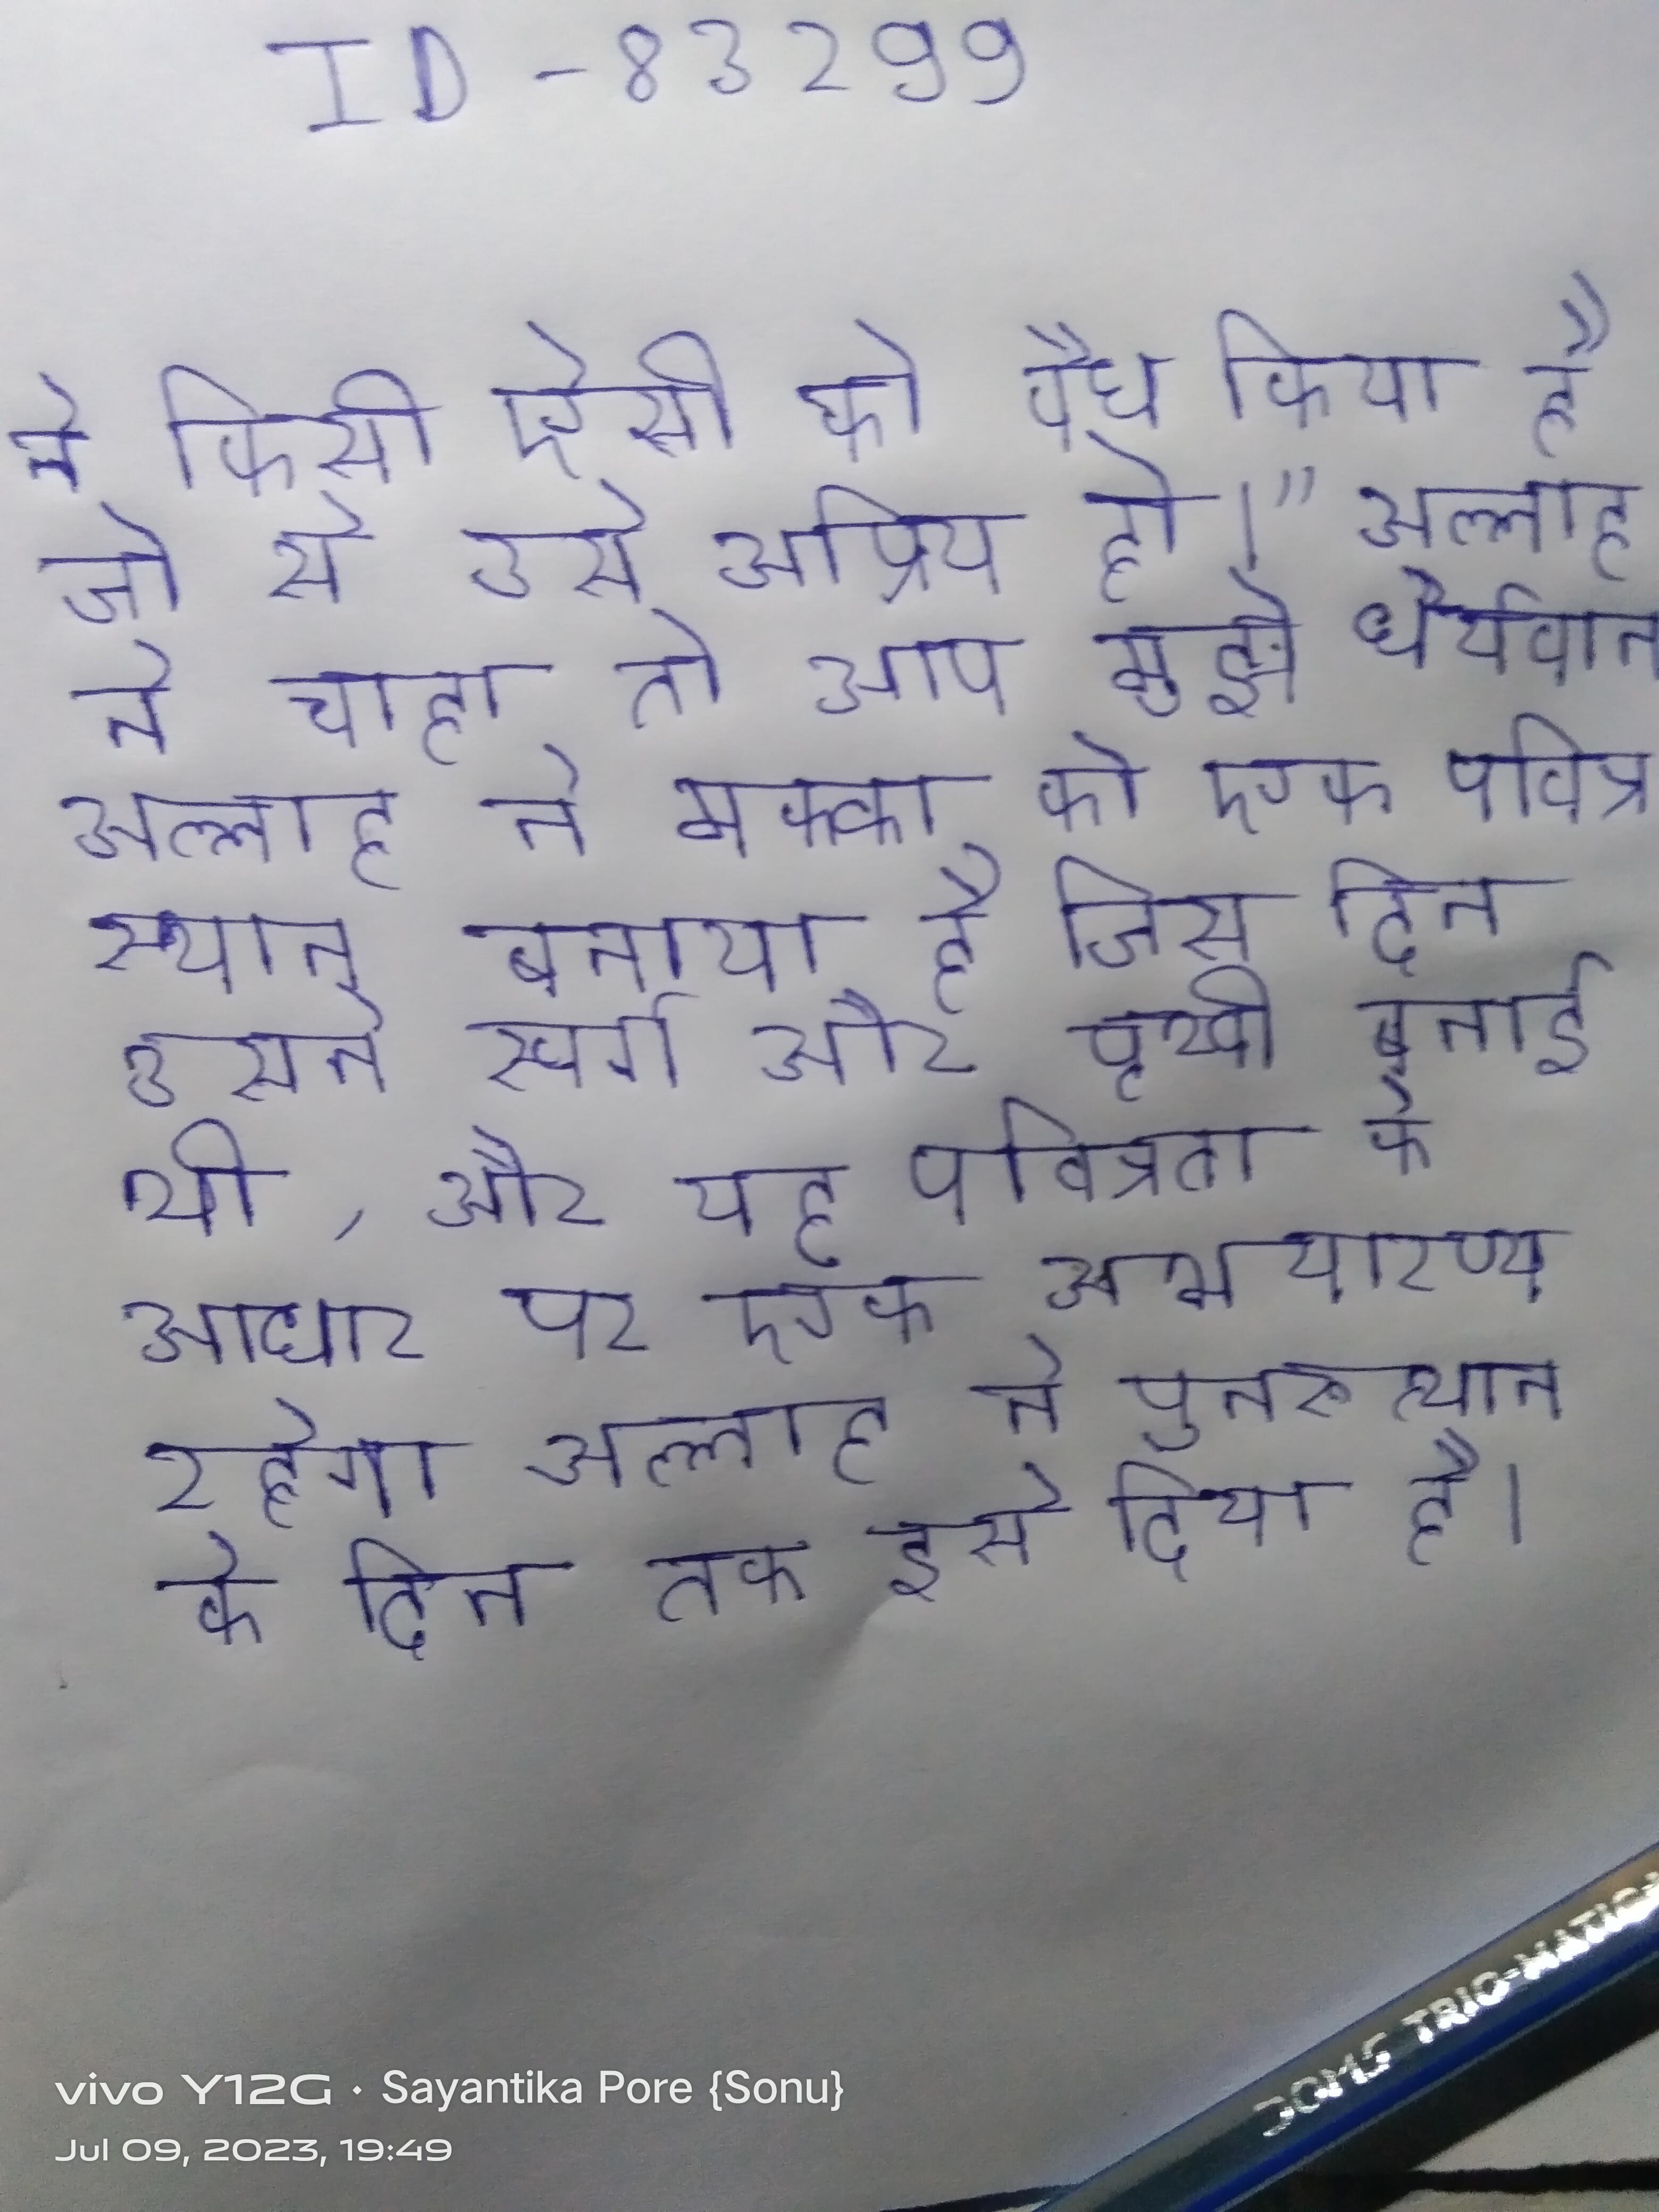
ने किसी ऐसी को वैध किया है जो से उसे अप्रिय हो।" अल्लाह ने चाहा तो आप मुझे धैर्यवान अल्लाह ने मक्का को एक पवित्र स्थान बनाया है जिस दिन उसने स्वर्ग और पृथ्वी बनाई थी, और यह पवित्रता के आधार पर एक अभयारण्य रहेगा अल्लाह ने पुनरुत्थान के दिन तक इसे दिया है ।